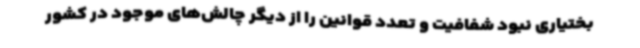
بختیاری نبود شفافیت و تعدد قوانین را از دیگر چالش‌های موجود در کشور